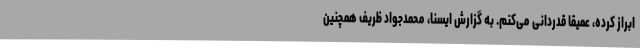
ابراز کرده، عمیقا قدردانی می‌کنم. به گزارش ایسنا، محمدجواد ظریف همچنین